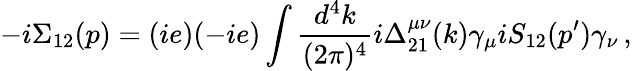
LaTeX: -i\Sigma_{12}(p)=(ie)(-ie)\int{\frac{d^{4}k}{(2\pi)^{4}}i\Delta_{21}^{\mu\nu}(k)\gamma_{\mu}iS_{12}(p^{\prime})\gamma_{\nu}\, ,}